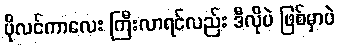
ပိုလင်ကာလေး ကြီးလာရင်လည်း ဒီလိုပဲ ဖြစ်မှာပဲ